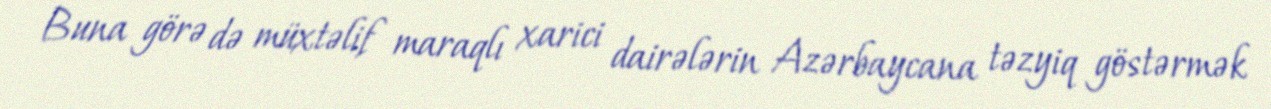
Buna görə də müxtəlif maraqlı xarici dairələrin Azərbaycana təzyiq göstərmək